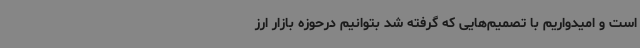
است و امیدواریم با تصمیم‌هایی که گرفته شد بتوانیم درحوزه بازار ارز